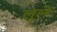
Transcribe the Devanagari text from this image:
लूले